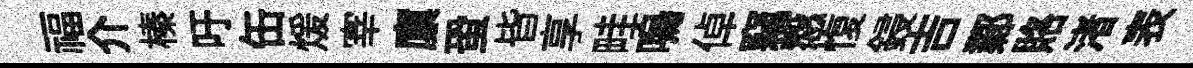
福介榛吁缶煖宰廪蛩皆享畦嗚倬竊慤愎鋟吉鄴賂渚表